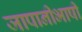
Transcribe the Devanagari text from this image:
जापानीभाषी